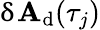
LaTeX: \updelta\mathbf{A}_{\mathrm{{d}}}(\tau_{j})